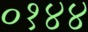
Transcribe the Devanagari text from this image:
०१४४